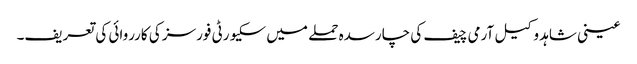
عینی شاہد وکیل آرمی چیف کی چارسدہ حملے میں سکیورٹی فورسز کی کارروائی کی تعریف۔